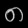
Digit: ၈